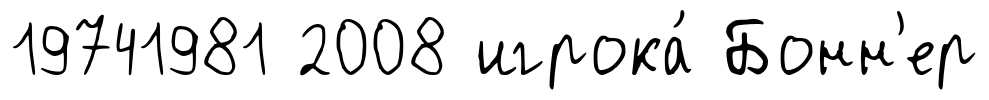
19741981 2008 игрока́ Бонн'ер